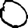
Digit: 0